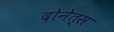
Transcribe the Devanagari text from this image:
दोनेत्स